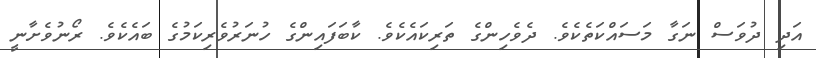
އަދި ދުވަސް ނަގާ މަސައްކަތެކެވެ. ދެވެހިންގެ ތަރިކައެކެވެ. ކާބަފައިންގެ ހުނަރުވެރިކަމުގެ ބައެކެވެ. ރޯނުވެށާނީ